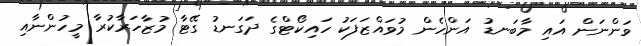
ވަންނަން އައި މާބަނޑު އަންހެން މުވައްޒަފަކު ހައިކޯޓްގެ ދަގަނޑު ގޭޓާ މުޒާހަރާކުރާ މީހުންނާއި